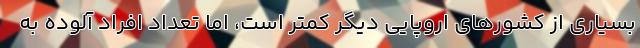
بسیاری از کشورهای اروپایی دیگر کمتر است، اما تعداد افراد آلوده به